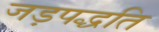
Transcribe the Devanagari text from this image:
जड़पद्धति